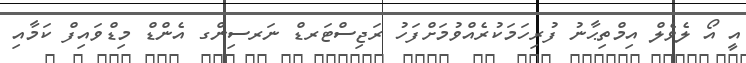
އީ އޯ ލެވެލް އިމްތިޙާނު ފުރިހަމަކުރެއްވުމަށްފަހު ރަޖިސްޓަރޑް ނަރސިންގ އެންޑް މިޑްވައިފް ކަމާއި